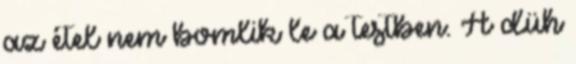
az étel nem bomlik le a testben. A düh